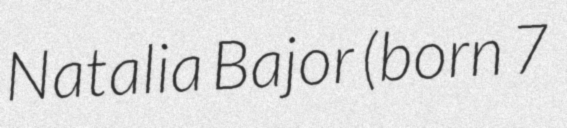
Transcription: Natalia Bajor (born 7